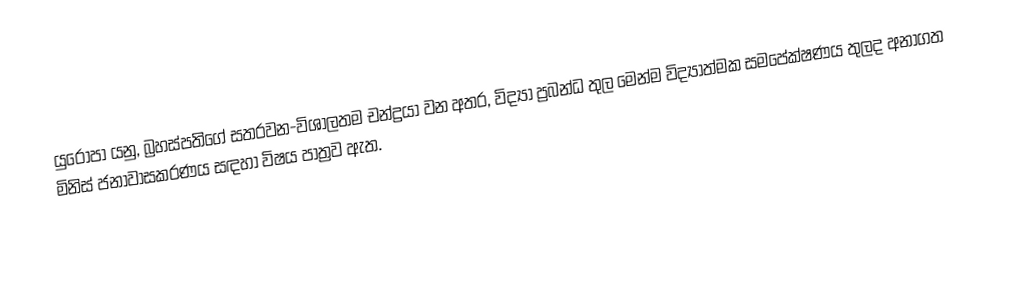
යුරෝපා යනු, බ්‍රහස්පතිගේ සතරවන-විශාලතම චන්ද්‍රයා වන අතර, විද්‍යා ප්‍රබන්ධ තුල මෙන්ම විද්‍යාත්මක සමපේක්ෂණය තුලද අනාගත මිනිස් ජනාවාසකරණය සඳහා විෂය පාත්‍රව ඇත.